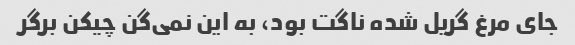
جای مرغ گریل شده ناگت بود، به این نمی‌گن چیکن برگر